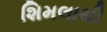
શિમલાથી